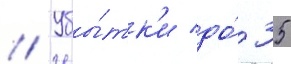
// Убы́тк'и до́ 35